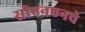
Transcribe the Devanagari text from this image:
सीएनएनचे